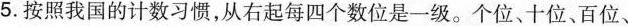
5.按照我国的计数习惯，从右起每四个数位是一级。个位、十位、百位、